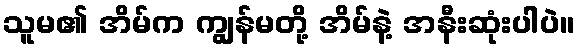
သူမ၏ အိမ်က ကျွန်မတို့ အိမ်နဲ့ အနီးဆုံးပါပဲ။